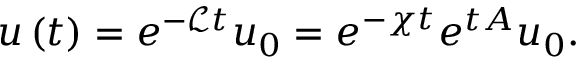
u \left( t \right) = e ^ { - \mathscr { L } t } u _ { 0 } = e ^ { - \chi t } e ^ { t A } u _ { 0 } .